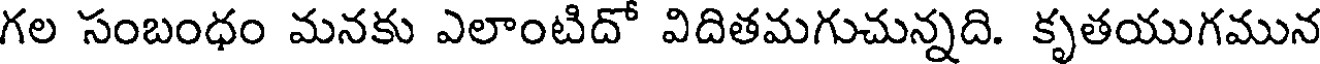
గల సంబంధం మనకు ఎలాంటిదో విదితమగుచున్నది. కృతయుగమున